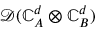
\mathcal { D } ( \mathbb { C } _ { A } ^ { d } \otimes \mathbb { C } _ { B } ^ { d } )